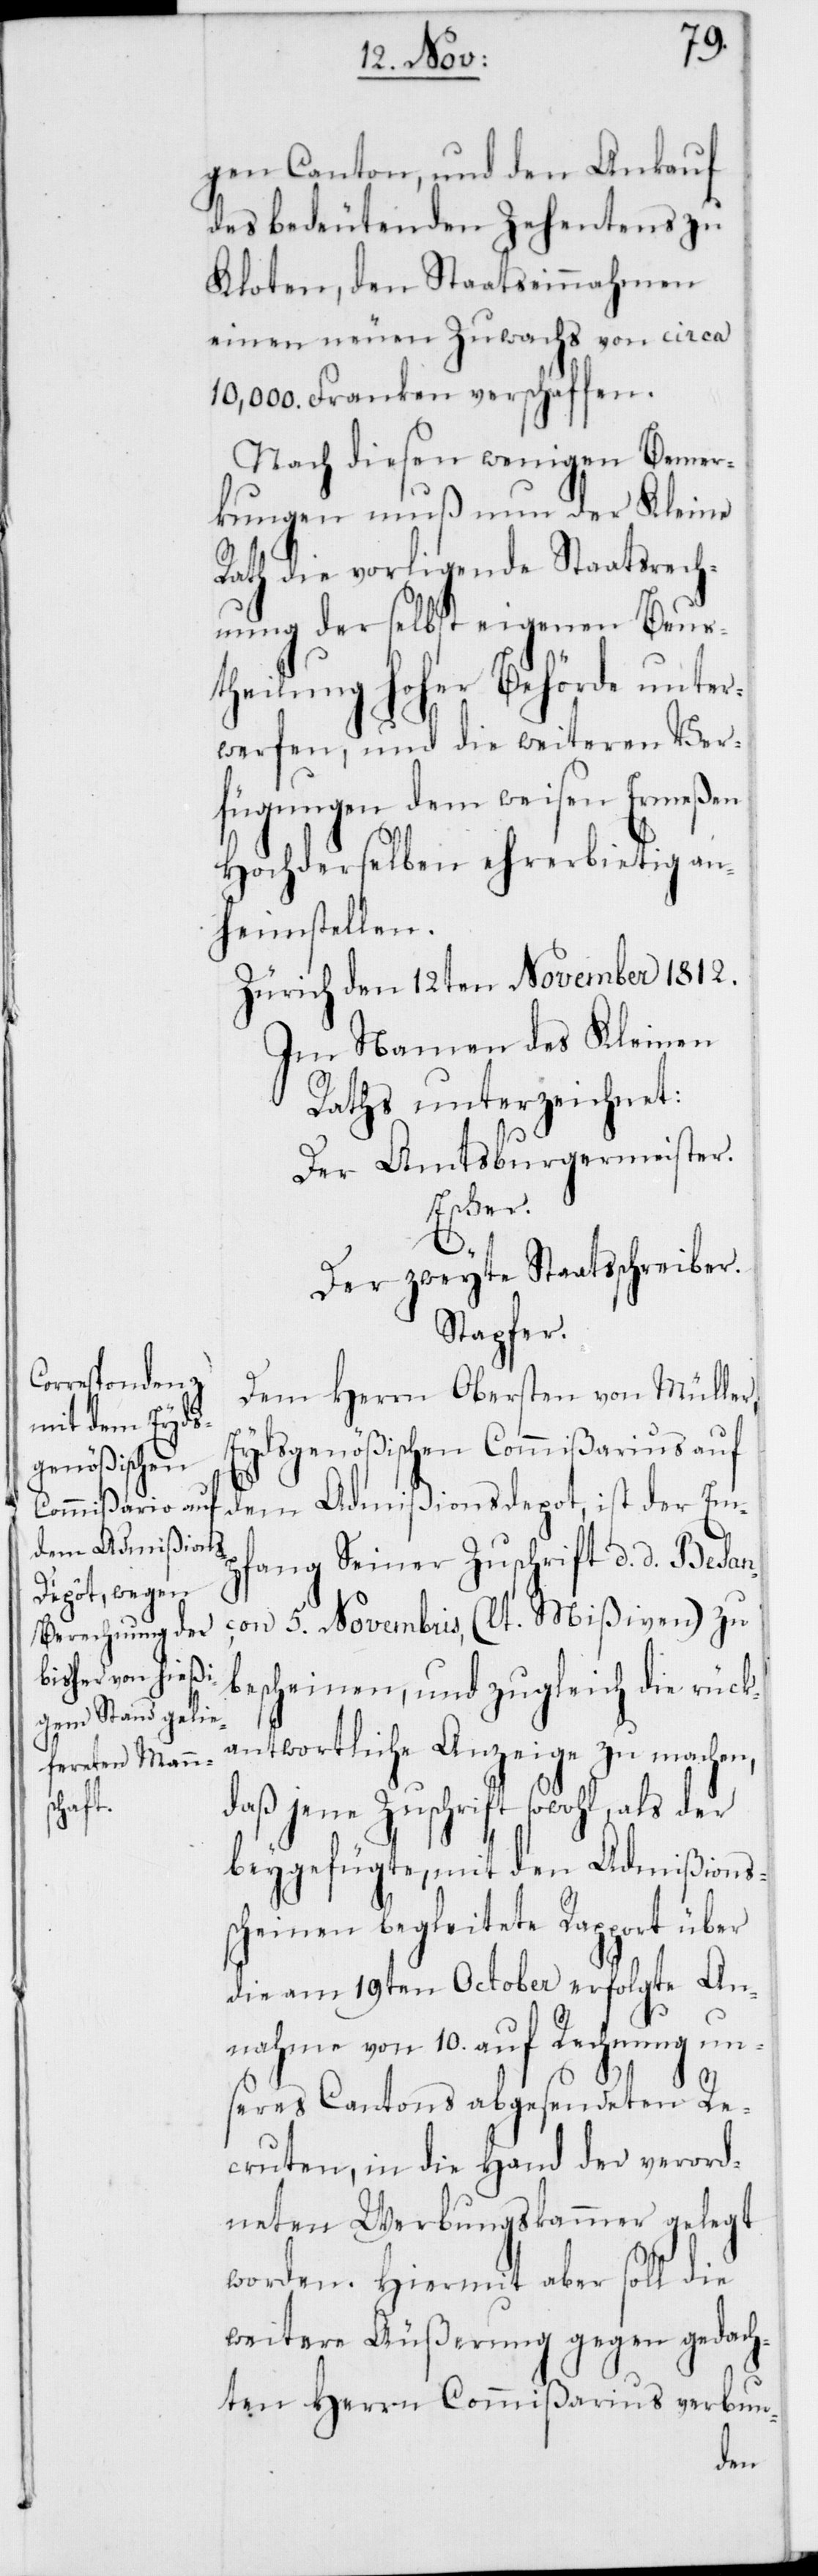
gen Canton, und den Ankauf
des bedeutenden Zehentens zu
Kloten, den Staatseinnahmen
einen neuen Zuwachs von circa
10,000. Franken verschaffen.
Nach diesen wenigen Bemer¬
kungen muß nun der Kleine
Rath die vorligende Staatsrech¬
nung der selbst eigenen Beur¬
theilung hoher Behörde unter¬
werfen, und die weiteren Ver¬
fügungen dem weisen Ermeßen
Hochdenselben ehrerbietig an¬
heimstellen.
Zürich den 12ten November 1812.
Im Namen des Kleinen
Raths unterzeichnet:
Der Amtsburgermeister.
Escher.
Der zweyte Staatsschreiber.
Stapfer.
Dem Herrn Obersten von Müller,
Eydsgenößischen Commißarius auf
dem Admißionsdepot, ist der Emp¬
fang Seiner Zuschrift d. d. Besan¬
çon 5. Novembris (lt. Mißiven) zu
bescheinen, und zugleich die rück¬
antwortliche Anzeige zu machen,
daß jene Zuschrift sowohl als der
beygefügte, mit den Admißions¬
scheinen begleitete Rapport über
die am 19ten October erfolgte An¬
nahme von 10. auf Rechnung un¬
seres Cantons abgesendeten Re¬
cruten, in die Hand der verord¬
neten Werbungskammer gelegt
worden. Hiermit aber soll die
weitere Äußerung gegen gedach¬
ten Herrn Commißarius verbun-